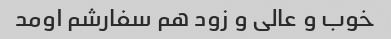
خوب و عالی و زود هم سفارشم اومد